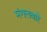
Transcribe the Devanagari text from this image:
मंगलबारे